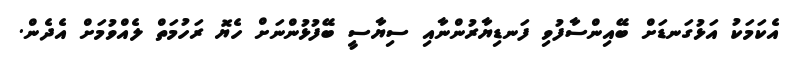
އެކަމަކު އަޅުގަނޑަަށް ބޭއިންސާފުވި ފަނޑިޔާރުންނާއި ސިޔާސީ ބޭފުޅުންނަށް ހެޔޮ ރަހުމަތް ލެއްވުމަށް އެދެން.